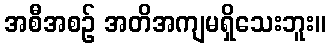
အစီအစဉ် အတိအကျမရှိသေးဘူး။